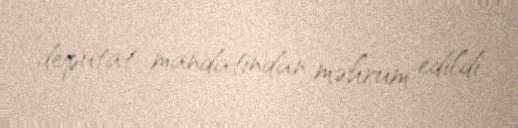
deputat mandatından məhrum edildi.